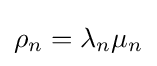
\rho _{n}=\lambda _{n}\mu _{n}